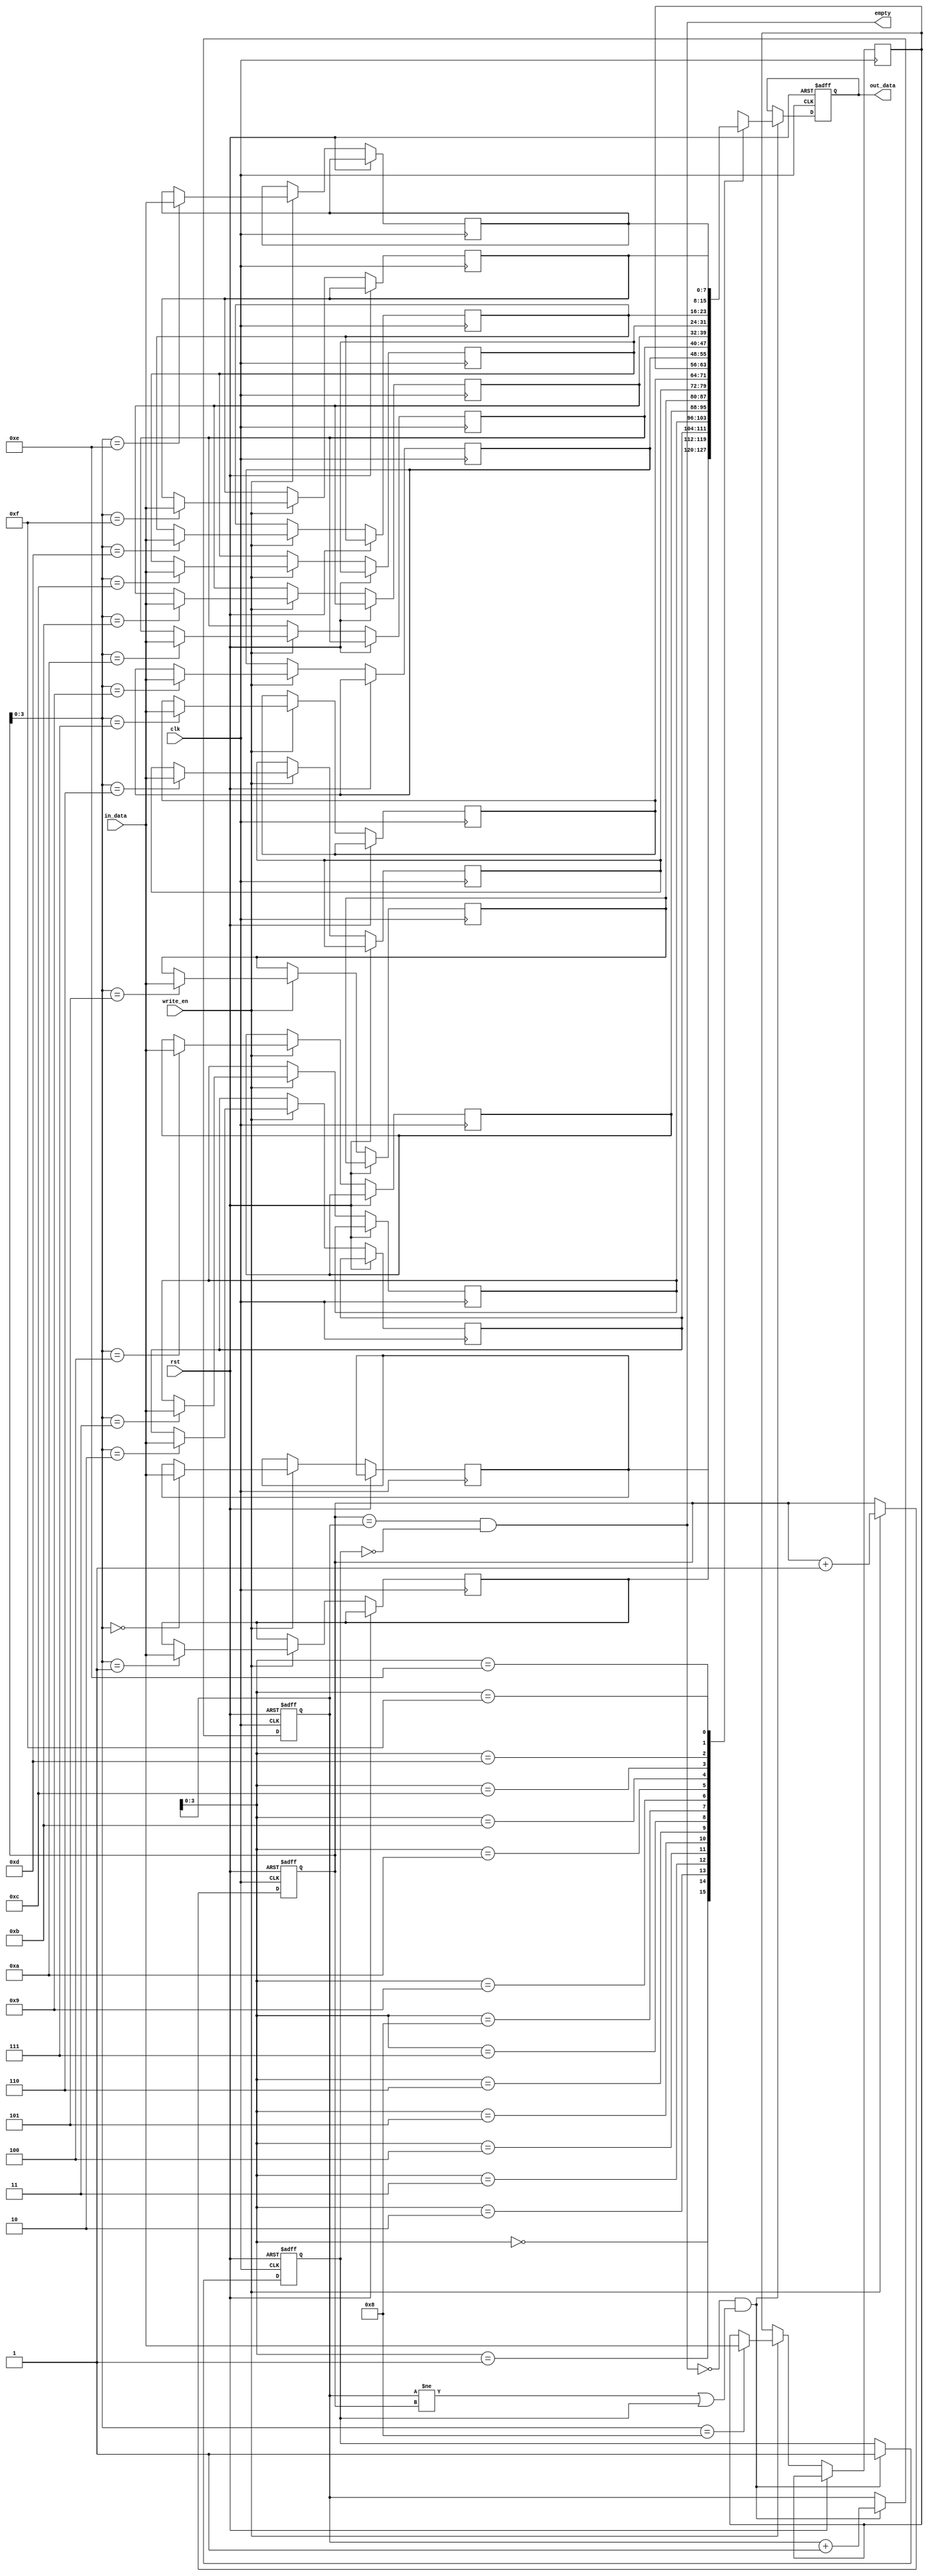
module FirstWordFallThroughFIFO (
    input wire clk,
    input wire rst,
    input wire write_en,
    input wire [DATA_WIDTH-1:0] in_data,
    output wire [DATA_WIDTH-1:0] out_data,
    output wire empty
);

parameter DATA_WIDTH = 8;
parameter MEM_DEPTH = 16;

reg [DATA_WIDTH-1:0] memory [MEM_DEPTH-1:0];
reg [DATA_WIDTH-1:0] out_data_reg;
reg first_word_read;

reg [4:0] wr_ptr;
reg [4:0] rd_ptr;

assign out_data = out_data_reg;
assign empty = (wr_ptr == rd_ptr) && !first_word_read;

always @(posedge clk or posedge rst) begin
    if (rst) begin
        wr_ptr <= 0;
        rd_ptr <= 0;
        first_word_read <= 0;
        out_data_reg <= 0;
    end else begin
        // Write operation
        if (write_en) begin
            memory[wr_ptr] <= in_data;
            wr_ptr <= wr_ptr + 1;
        end

        // Read operation
        if (!empty && (rd_ptr != wr_ptr || first_word_read)) begin
            out_data_reg <= memory[rd_ptr];
            rd_ptr <= rd_ptr + 1;
            first_word_read <= 1;
        end
    end
end

endmodule